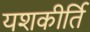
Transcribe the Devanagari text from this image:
यशकीर्ति